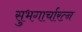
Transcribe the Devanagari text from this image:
सुभगार्चारत्न